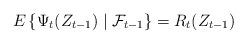
LaTeX: \begin{align*} E\left\{\Psi_t(Z_{t-1})\mid{\cal{F}}_{t-1}\right\}=R_t(Z_{t-1}) \end{align*}